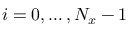
i = 0 , \ldots , N _ { x } - 1